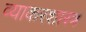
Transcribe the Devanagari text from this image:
व्याकरशास्त्र